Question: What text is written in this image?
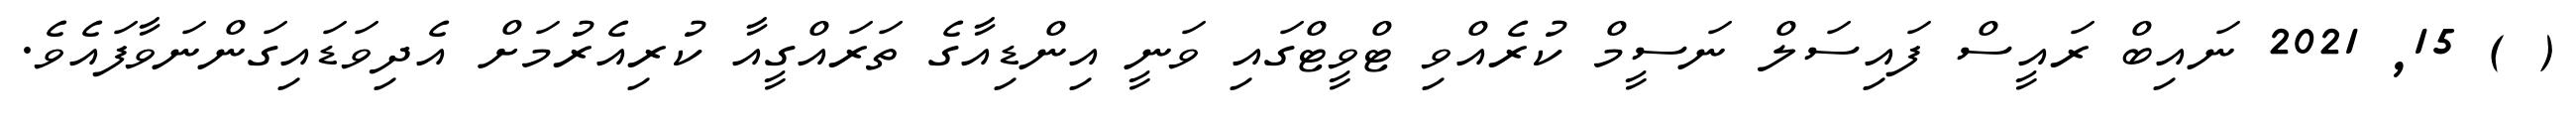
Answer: ( ) 15, 2021 ނައިބް ރައީސް ފައިސަލް ނަސީމް ކުރެއްވި ޓްވީޓްގައި ވަނީ އިންޑިއާގެ ތަރައްގީއާ ކުރިއެރުމަށް އެދިވަޑައިގަންނަވާފައެވެ.